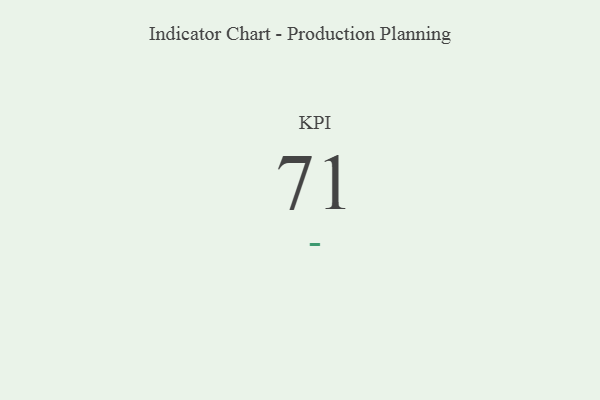
{"axis": {"x": "KPI", "y": "Value"}, "legend": [""], "data": [{"x": "KPI", "y": 71, "type": ""}]}